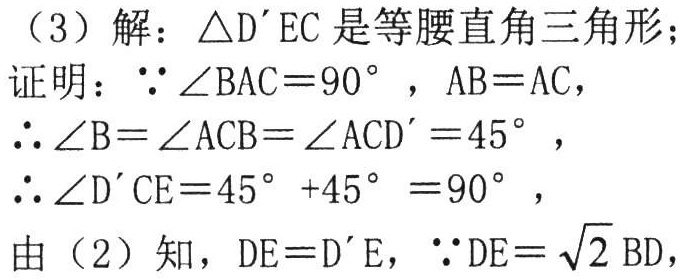
（3）解：$\triangle D'EC$是等腰直角三角形；
证明：$\because\angle BAC = 90^{\circ}$，$AB = AC$，
$\therefore\angle B=\angle ACB=\angle ACD' = 45^{\circ}$，
$\therefore\angle D'CE = 45^{\circ}+45^{\circ}=90^{\circ}$，
由（2）知，$DE = D'E$，$\because DE=\sqrt{2}BD$，